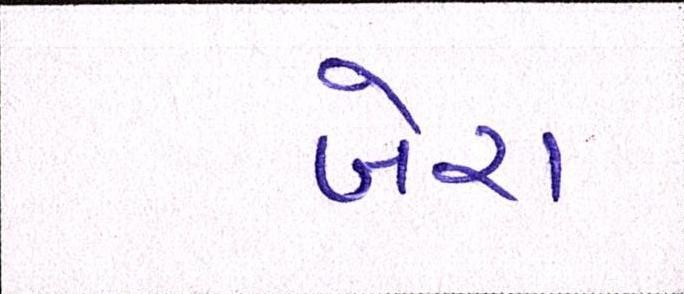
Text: બેરા